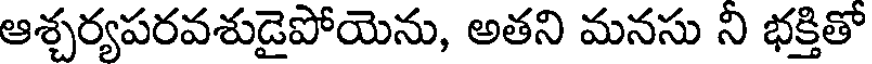
ఆశ్చర్యపరవశుడైపోయెను, అతని మనసు ని భక్తితో